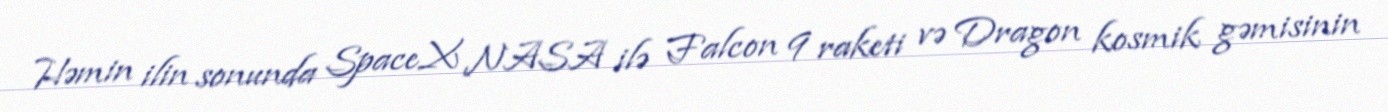
Həmin ilin sonunda SpaceX NASA ilə Falcon 9 raketi və Dragon kosmik gəmisinin